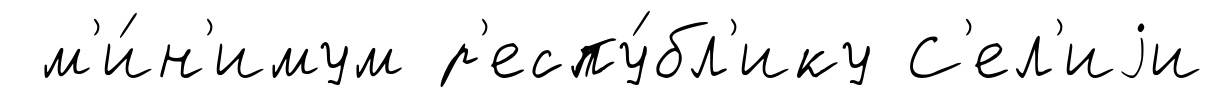
м'и́н'имум р'еспу́бл'ику С'ел'иjи